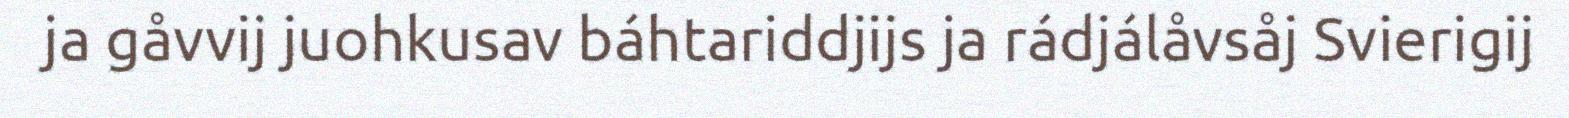
ja gåvvij juohkusav báhtariddjijs ja rádjálåvsåj Svierigij